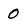
Character: O